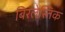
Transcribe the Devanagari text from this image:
बिरलेस्तिक